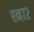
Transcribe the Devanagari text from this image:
एन७२